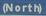
(north)